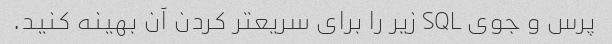
پرس و جوی SQL زیر را برای سریعتر کردن آن بهینه کنید.